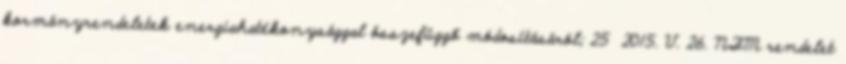
kormányrendeletek energiahatékonysággal összefüggő módosításáról; 25 2015. V. 26. NFM rendelet